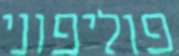
פוליפוני